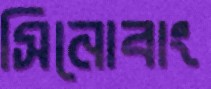
সিনোবাং